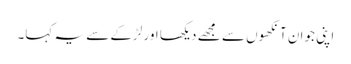
اپنی جوان آنکھوں سے مجھے دیکھا اور لڑکے سے یہ کہا۔